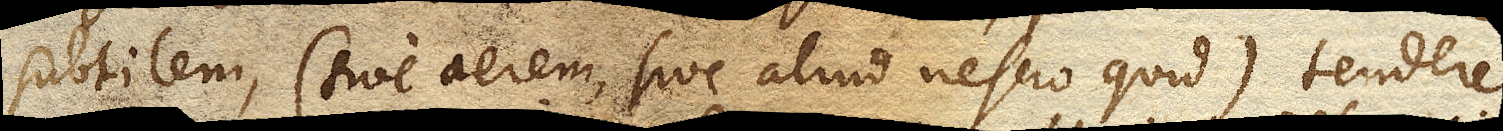
subtilem, (sive aerem, sive aliud nescio quid) tendere